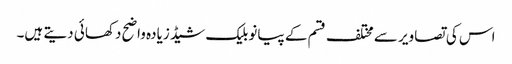
اس کی تصاویر سے مختلف قسم کے پیانو بلیک شیڈ زیادہ واضح دکھائی دیتے ہیں۔